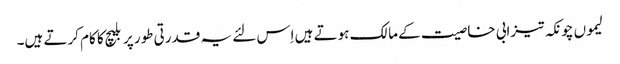
لیموں چونکہ تیزابی خاصیت کے مالک ہوتے ہیں اِس لئے یہ قدرتی طور پر بلیچ کا کام کرتے ہیں۔